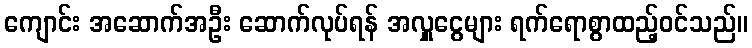
ကျောင်း အဆောက်အဦး ဆောက်လုပ်ရန် အလှူငွေများ ရက်ရောစွာထည့်ဝင်သည်။